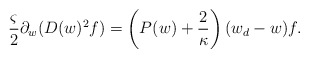
\begin{align*}&\frac{\varsigma}{2}\partial_w(D(w)^2f)=\left(P(w)+\frac{2}{\kappa}\right)(w_d-w)f.\end{align*}